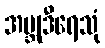
အဗ္ဘုဒီရေသုံ